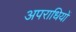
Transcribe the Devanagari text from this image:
अपराधियों